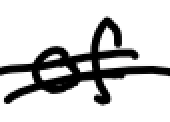
Text: of
Cross-out: double-line
Writing tool: digital_black